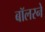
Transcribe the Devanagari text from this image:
बॉलरने